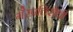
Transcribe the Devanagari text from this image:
गैरप्रतिरोधी